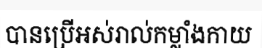
បានប្រើអស់រាល់កម្លាំងកាយ